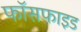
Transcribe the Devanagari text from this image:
फॉसफाइड